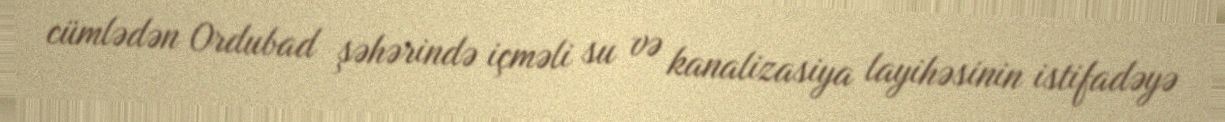
cümlədən Ordubad şəhərində içməli su və kanalizasiya layihəsinin istifadəyə